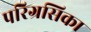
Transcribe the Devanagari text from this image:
परिग्रसिका